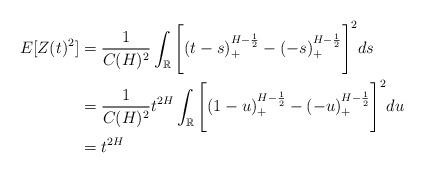
LaTeX: \begin{align*}E[Z(t)^2] & = \frac{1}{C(H)^2} \int_{\mathbb{R}} \Bigg[(t - s)^{H - \frac{1}{2}}_+ - (-s)^{H- \frac{1}{2}}_+ \Bigg]^2 ds\\& = \frac{1}{C(H)^2} t^{2H}\int_{\mathbb{R}} \Bigg[(1 - u)^{H - \frac{1}{2}}_+ - (-u)^{H- \frac{1}{2}}_+ \Bigg]^2 du\\&= t^{2H}\end{align*}